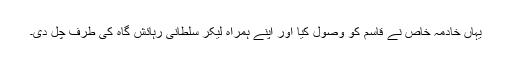
یہاں خادمہ خاص نے قاسم کو وصول کیا اور اپنے ہمراہ لیکر سلطانی رہائش گاہ کی طرف چل دی۔